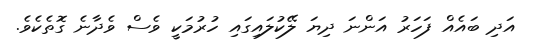
އަދި ބައެއް ފަހަރު އަންނަ ދިޔަ ލޭކުލައިގައި ހުރުމަކީ ވެސް ވެދާނެ ގޮތެކެވެ.